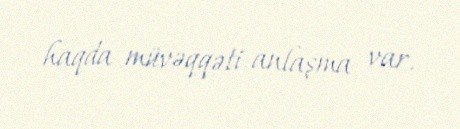
haqda müvəqqəti anlaşma var.